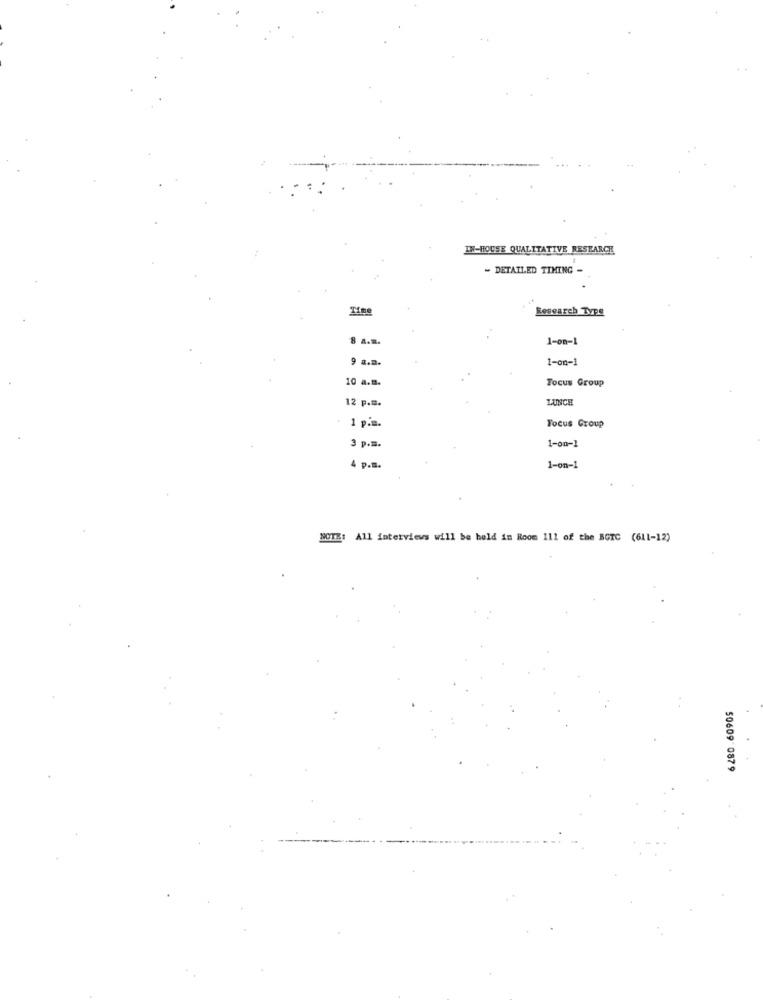
IN-HOUSE QUALITATIVE RESEARCH
- DETAILED TIMING
Research Type
8 A.m.
1-on-1
9 a.m.
1-on-1
10 a.m.
Focus Group
12 p.m.
LUNCH
. 1 p.m.
Focus Group
3 p.m.
1-on-1
4 p.m.
1-on-1
NOTE: All interviews will be held in Room 111 of the BGTC (611-12)
50609 0879